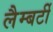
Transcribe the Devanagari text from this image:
लैम्बर्टी